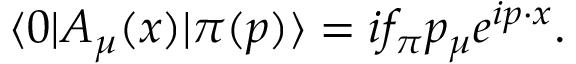
\langle 0 | A _ { \mu } ( x ) | \pi ( p ) \rangle = i f _ { \pi } p _ { \mu } e ^ { i p \cdot x } .